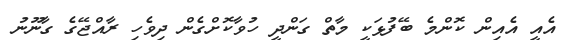
އެއީ އެއިން ކޮންމެ ބޭފުޅަކީ މާތް ގަންދީ ހުވާކޮށްގެން ދިވެހި ރާއްޖޭގެ ގާނޫނު